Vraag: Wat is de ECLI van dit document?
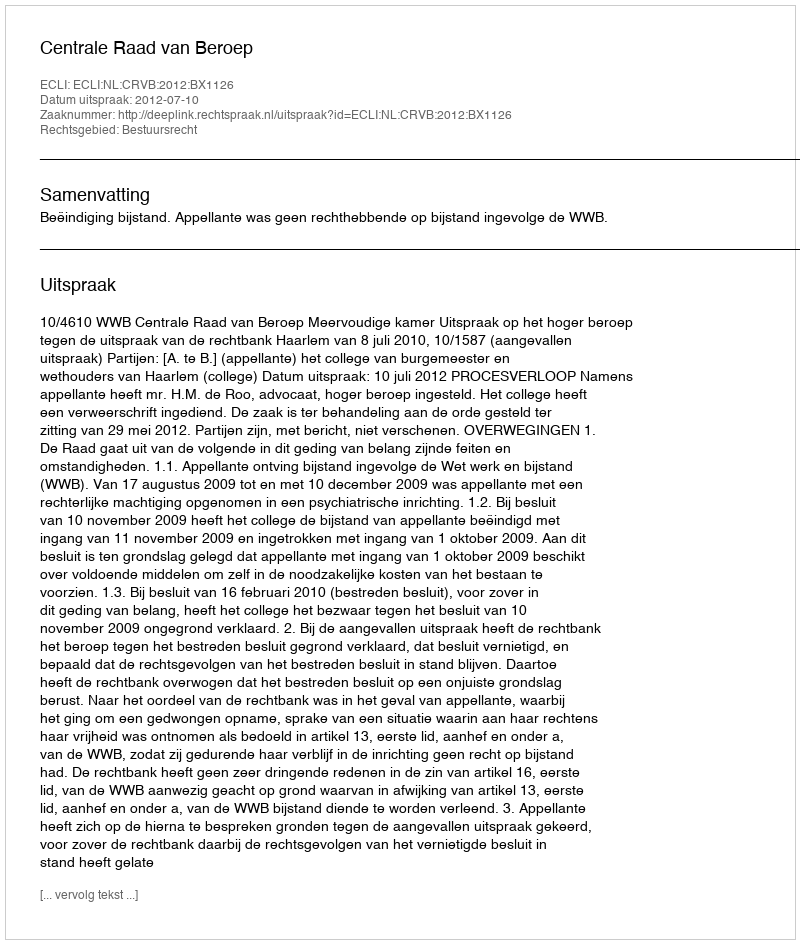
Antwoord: ECLI:NL:CRVB:2012:BX1126